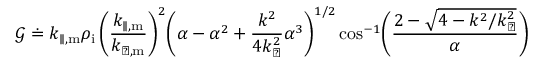
\mathcal { G } \doteq k _ { \parallel , \mathrm { m } } \rho _ { \mathrm { i } } \, \biggl ( \frac { k _ { \parallel , \mathrm { m } } } { k _ { \perp , \mathrm { m } } } \biggr ) ^ { 2 } \biggl ( \alpha - \alpha ^ { 2 } + \frac { k ^ { 2 } } { 4 k _ { \perp } ^ { 2 } } \alpha ^ { 3 } \biggr ) ^ { 1 / 2 } \cos ^ { - 1 } \biggl ( \frac { 2 - \sqrt { 4 - k ^ { 2 } / k _ { \perp } ^ { 2 } } } { \alpha } \biggr )